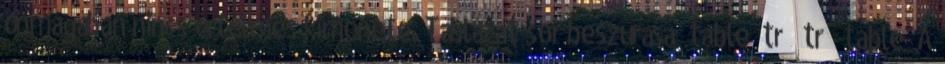
önmagában nincs értelmes kimenete. Táblázat sor beszúrása table tr tr table A